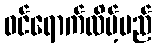
ဝင်ရောက်လိမ့်မည်